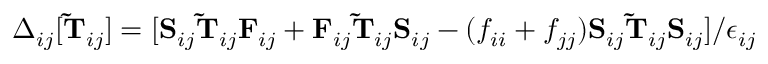
\Delta _ { i j } [ \mathbf { \widetilde { T } } _ { i j } ] = [ \mathbf { S } _ { i j } \mathbf { \widetilde { T } } _ { i j } \mathbf { F } _ { i j } + \mathbf { F } _ { i j } \mathbf { \widetilde { T } } _ { i j } \mathbf { S } _ { i j } - ( f _ { i i } + f _ { j j } ) \mathbf { S } _ { i j } \mathbf { \widetilde { T } } _ { i j } \mathbf { S } _ { i j } ] / \epsilon _ { i j }